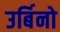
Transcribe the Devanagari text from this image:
उर्बिनो